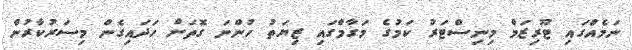
ނަމެއްގައި ޓޫރިޒަމް މިނިސްޓަރު ކަމުގެ މަގާމްގައި ޒިޔަތު ހުންނަ ގޮތަށް ހަދައިގެން މިސަރުކާރުން